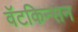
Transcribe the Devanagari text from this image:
वॅटकिन्सन